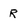
Character: R